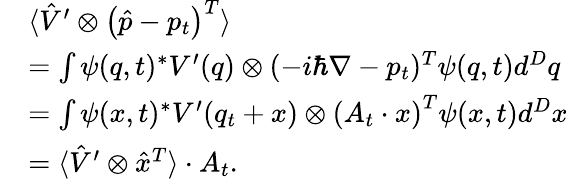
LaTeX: \begin{array}{rl}&{\langle\hat{V}^{\prime}\otimes\left(\hat{p}-p_{t}\right)^{T}\rangle}\\ &{=\int\psi(q,t)^{\ast}V^{\prime}(q)\otimes(-i\hbar\nabla-p_{t})^{T}\psi(q,t)d^{D}q}\\ &{=\int\psi(x,t)^{\ast}V^{\prime}(q_{t}+x)\otimes\left(A_{t}\cdot x\right)^{T}\psi(x,t)d^{D}x}\\ &{=\langle\hat{V}^{\prime}\otimes\hat{x}^{T}\rangle\cdot A_{t}.}\end{array}